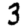
Digit: 3